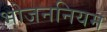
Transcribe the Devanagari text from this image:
भोजननियम